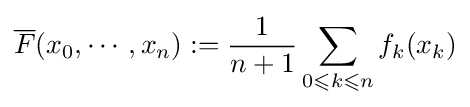
{\overline {F}}(x_{0},\cdots ,x_{n}):={\frac {1}{n+1}}\sum _{0\leqslant k\leqslant n}f_{k}(x_{k})